Vaccination United Provinces of Agra and Oudh 1914-1922 - 1914-1922
Year: 1914
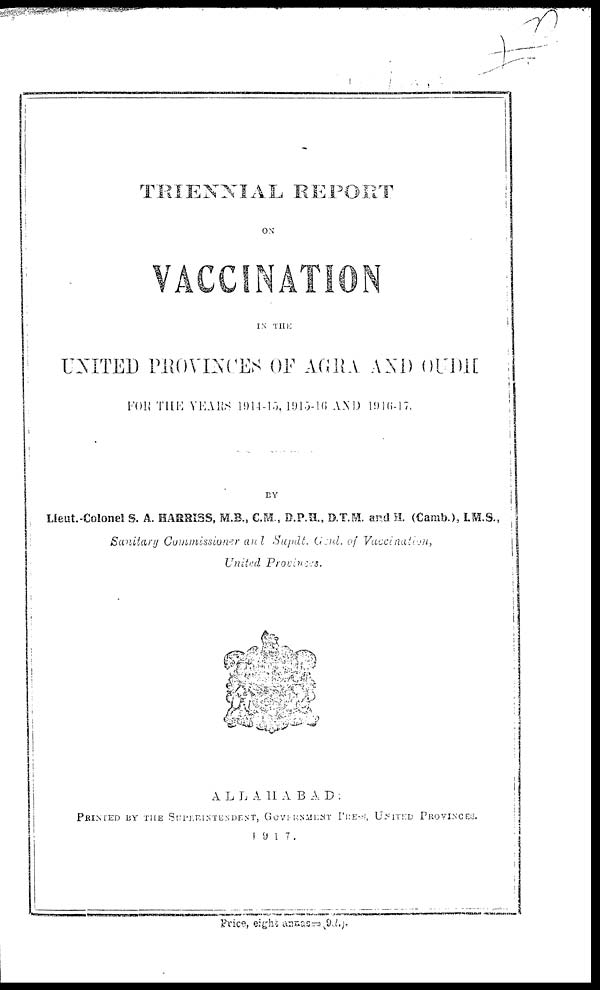
TRIENNIAL REPORT
ON
VACCINATION
IN THE
UNITED PROVINCES OF AGRA AND OUDH
FOR THE YEARS 1914-15, 1915-16 AND 1916-17.
BY
Lieut.-Colonel S. A. HARRISS, M.B., C.M., D.P.H., D.T.M. and H. (Camb.), I.M.S.,
Sanitary Commissioner and Supdt. Genl. of
Vaccination,
United
Provinces.
ALLAHABAD :
PRINTED BY THE SUPERINTENDENT, GOVERNMENT PRESS, UNITED PROVINCES.
1917.
Price, eight annas=(9d.).